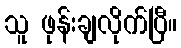
သူ ဖုန်းချလိုက်ပြီ။